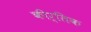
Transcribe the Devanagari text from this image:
कीर्तिक